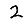
Digit: 2